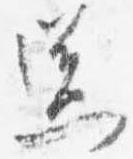
送